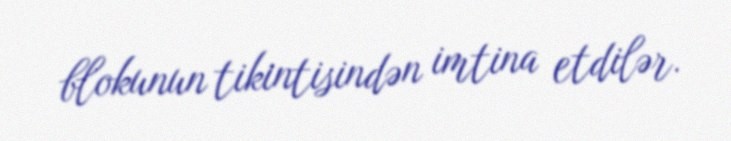
blokunun tikintisindən imtina etdilər.